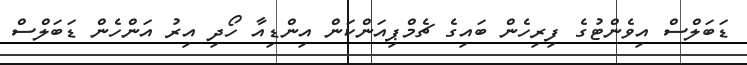
ޑަބަލްސް އިވެންޓުގެ ފިރިހެން ބައިގެ ޗެމްޕިއަންކަން އިންޑިއާ ހޯދި އިރު އަންހެން ޑަބަލްސް